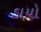
ડાયો